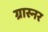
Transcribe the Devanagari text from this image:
ग्रास्नर